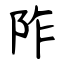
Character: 阼